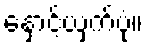
နှောင့်ယှက်ပုံ။